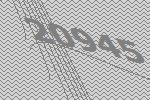
20945